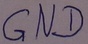
Text: GND